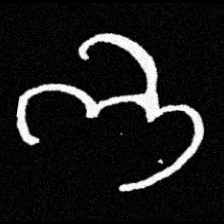
Pyu character \u2014 Myanmar letter: ဘ (romanized: bha)